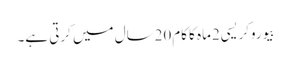
بیوروکریسی2ماہ کا کام20سال میں کرتی ہے۔